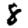
Digit: 8